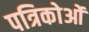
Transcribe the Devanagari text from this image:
पत्रिकोओं